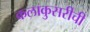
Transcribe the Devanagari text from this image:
कलाकुसरीची